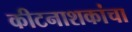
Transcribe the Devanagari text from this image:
कीटनाशकांचा